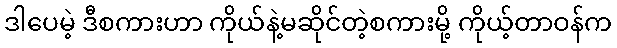
ဒါပေမဲ့ ဒီစကားဟာ ကိုယ်နဲ့မဆိုင်တဲ့စကားမို့ ကိုယ့်တာဝန်က